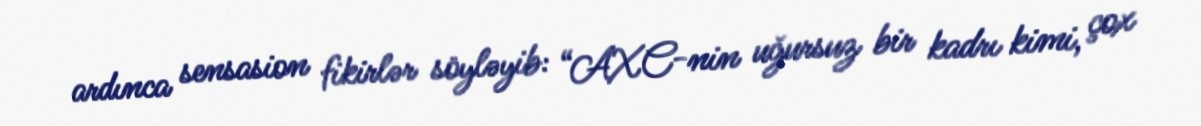
ardınca sensasion fikirlər söyləyib: “AXC-nin uğursuz bir kadrı kimi, çox